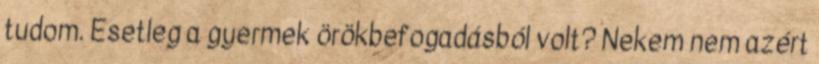
tudom. Esetleg a gyermek örökbefogadásból volt? Nekem nem azért